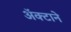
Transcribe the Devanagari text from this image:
अॅक्टाने